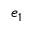
e _ { 1 }